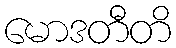
မောဒတီတိ